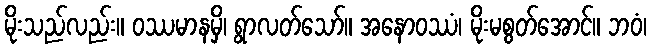
မိုးသည်လည်း။ ဝဿမာနမှိ၊ ရွာလတ်သော်။ အနောဝဿံ၊ မိုးမစွတ်အောင်။ ဘဝံ၊